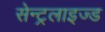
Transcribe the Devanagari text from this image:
सेन्ट्रलाइज्ड